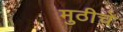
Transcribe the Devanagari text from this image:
मुठीचे